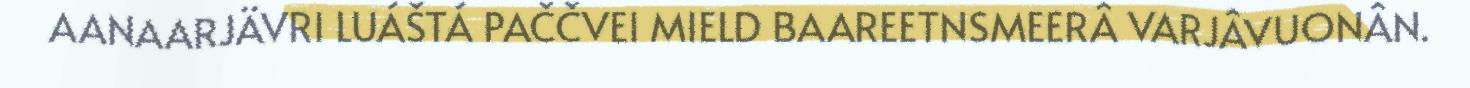
AANAARJÄVRI LUÁŠTÁ PAČČVEI MIELD BAAREETNSMEERÂ VARJÂVUONÂN.